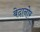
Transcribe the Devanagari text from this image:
बेदानोर